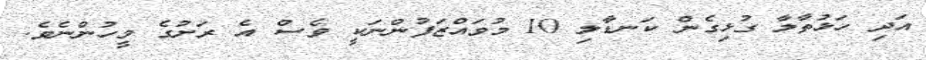
އަދި ހަޅުތާލާ ގުޅިގެން ކަނޑާލި 10 މުވައްޒަފުންނަކީ ވެސް އެ ރަށުގެ މީހުންނެވެ.